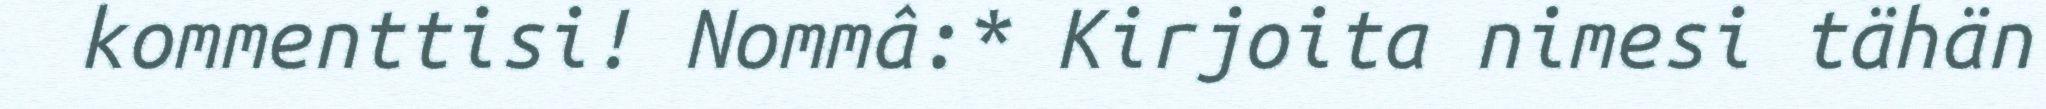
kommenttisi! Nommâ:* Kirjoita nimesi tähän